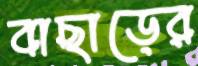
বাছাড়ের